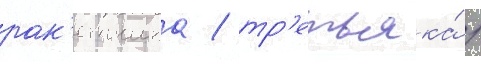
рак'етчика / тр'етьяка́ /